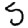
Digit: 5